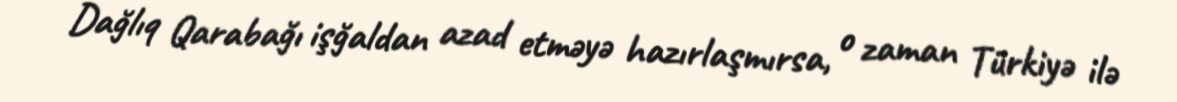
Dağlıq Qarabağı işğaldan azad etməyə hazırlaşmırsa, o zaman Türkiyə ilə